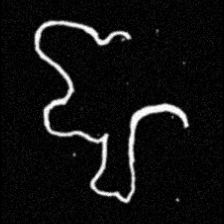
Pyu character \u2014 Myanmar letter: ဈ (romanized: jha)